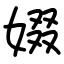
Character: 娺